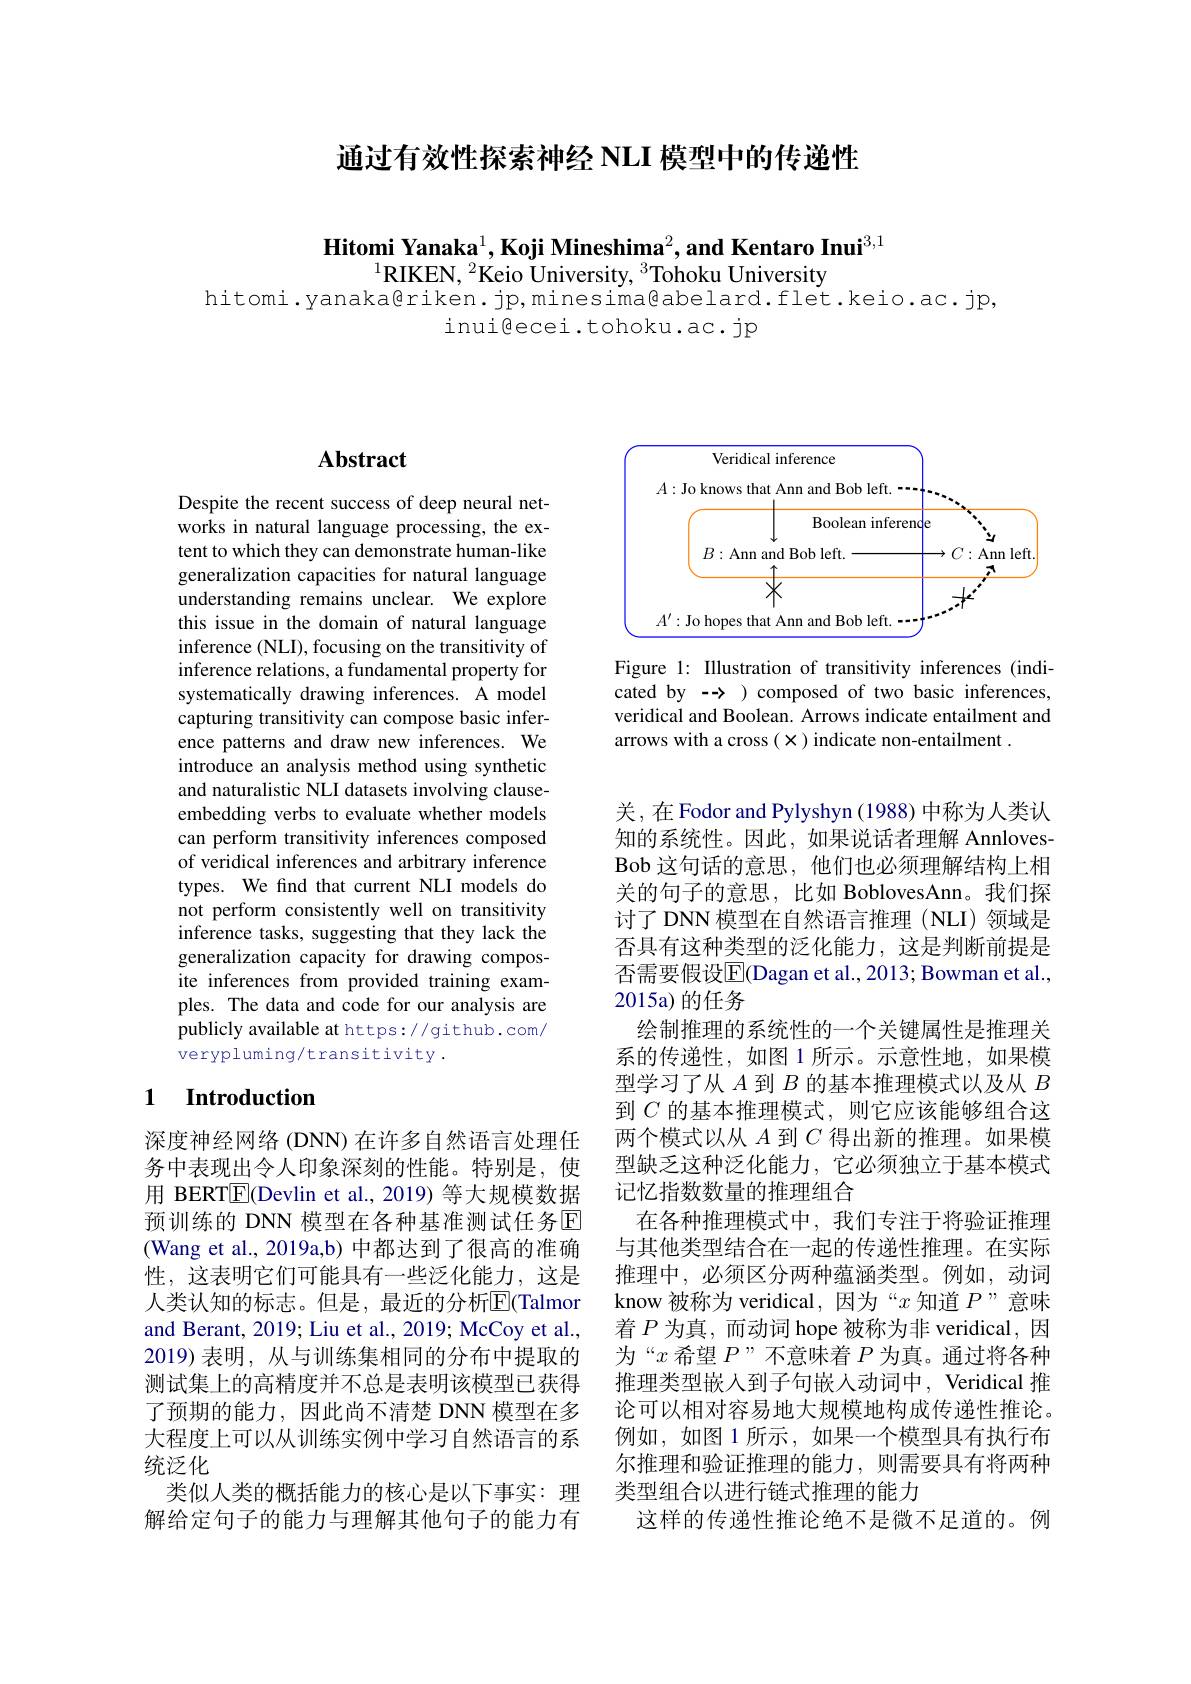
通过有效性探索神经 NLI 模型中的传递性

Hitomi Yanaka$^1$,Koji Mineshima$^2$, and Kentaro Inui$^{3,1}$

$^{1}$RIKEN, $^2$Keio University, $^3$Tohoku University
hitomi.yanaka@riken.jp,minesima@abelard.flet.keio.ac.jp,
inui@ecei.tohoku.ac.jp

## $\mathbf{Abstract}$

Despite the recent success of deep neural networks in natural language processing, the extent to which they can demonstrate human-like generalization capacities for natural language understanding remains unclear. We explore this issue in the domain of natural language inference (NLI), focusing on the transitivity of inference relations, a fundamental property for systematically drawing inferences. A model capturing transitivity can compose basic inference patterns and draw new inferences. We introduce an analysis method using synthetic and naturalistic NLI datasets involving clauseembedding verbs to evaluate whether models can perform transitivity inferences composed of veridical inferences and arbitrary inference types. We find that current NLI models do not perform consistently well on transitivity inference tasks, suggesting that they lack the generalization capacity for drawing composite inferences from provided training examples. The data and code for our analysis are publicly available at https://github.com/ verypluming/transitivity .

## 1 Introduction

深度神经网络 (DNN) 在许多自然语言处理任务中表现出令人印象深刻的性能。特别是，使用 BERT$\boxed{\mathrm{E}}($Devlin et al., 2019) 等大规模数据预训练的 DNN 模型在各种基准测试任务区(Wang et al., 2019a,b) 中都达到了很高的准确性，这表明它们可能具有一些泛化能力，这是人类认知的标志。但是，最近的分析$\overline{\mathrm{E}}($Talmor and Berant, 2019; Liu et al., 2019; McCoy et al., 2019)表明，从与训练集相同的分布中提取的测试集上的高精度并不总是表明该模型已获得了预期的能力，因此尚不清楚 DNN 模型在多大程度上可以从训练实例中学习自然语言的系统泛化
类似人类的概括能力的核心是以下事实：理解给定句子的能力与理解其他句子的能力有

<FigureHere>

Figure 1: Illustration of transitivity inferences (indicated by $\to)$ composed of two basic inferences, veridical and Boolean. Arrows indicate entailment and arrows with a cross $(\mathbf{x})$ indicate non-entailment .

关，在Fodor and Pylyshyn (1988) 中称为人类认知的系统性。因此，如果说话者理解 AnnlovesBob 这句话的意思，他们也必须理解结构上相关的句子的意思，比如 BoblovesAnn。我们探讨了 DNN 模型在自然语言推理 (NLI) 领域是否具有这种类型的泛化能力，这是判断前提是否需要假设$\overline{\mathrm{E}}($Dagan et al., 2013; Bowman et al., 2015a) 的任务
绘制推理的系统性的一个关键属性是推理关系的传递性，如图 1 所示。示意性地，如果模型学习了从$A$到$B$的基本推理模式以及从$B$ 到$C$的基本推理模式，则它应该能够组合这两个模式以从$A$到$C$得出新的推理。如果模型缺乏这种泛化能力，它必须独立于基本模式记忆指数数量的推理组合
在各种推理模式中，我们专注于将验证推理与其他类型结合在一起的传递性推理。在实际推理中，必须区分两种蕴涵类型。例如，动词know 被称为 veridical, 因为“$x$知道$P$”意味着$P$为真，而动词 hope 被称为非 veridical, 因为“$x$希望$P$”不意味着$P$为真。通过将各种推理类型嵌人到子句嵌人动词中，Veridical 推论可以相对容易地大规模地构成传递性推论。例如，如图 1 所示，如果一个模型具有执行布尔推理和验证推理的能力，则需要具有将两种类型组合以进行链式推理的能力
这样的传递性推论绝不是微不足道的。例